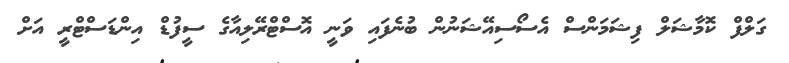
ގަލްފް ކޮމާޝަލް ފިޝަމަންސް އެސޯސިއޭޝަނުން ބުނެފައި ވަނީ އޮސްޓްރޭލިއާގެ ސީފުޑް އިންޑަސްޓްރީ އަށް